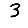
Digit: 3